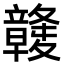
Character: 竷